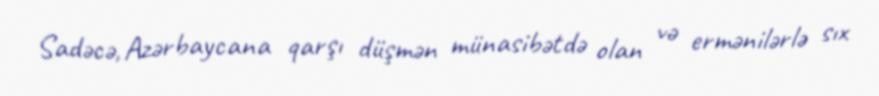
Sadəcə, Azərbaycana qarşı düşmən münasibətdə olan və ermənilərlə sıx